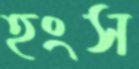
হংস